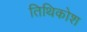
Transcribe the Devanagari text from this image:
तिथिकोश